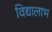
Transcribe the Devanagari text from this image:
विद्यालाभ